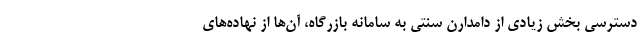
دسترسی بخش زیادی از دامدارن سنتی به سامانه بازرگاه، آن‌ها از نهاده‌های